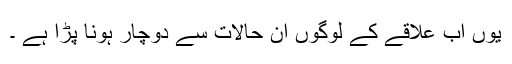
یوں اب علاقے کے لوگوں اُن حالات سے دوچار ہونا پڑا ہے ۔